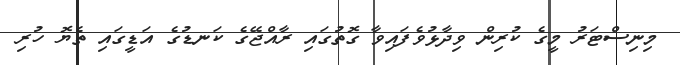
މިނިސްޓަރު މީގެ ކުރިން ވިދާޅުވެފައިވާ ގޮތުގައި ރާއްޖޭގެ ކަނޑުގެ އަޑީގައި ތެޔޮ ހުރި